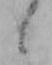
ニ